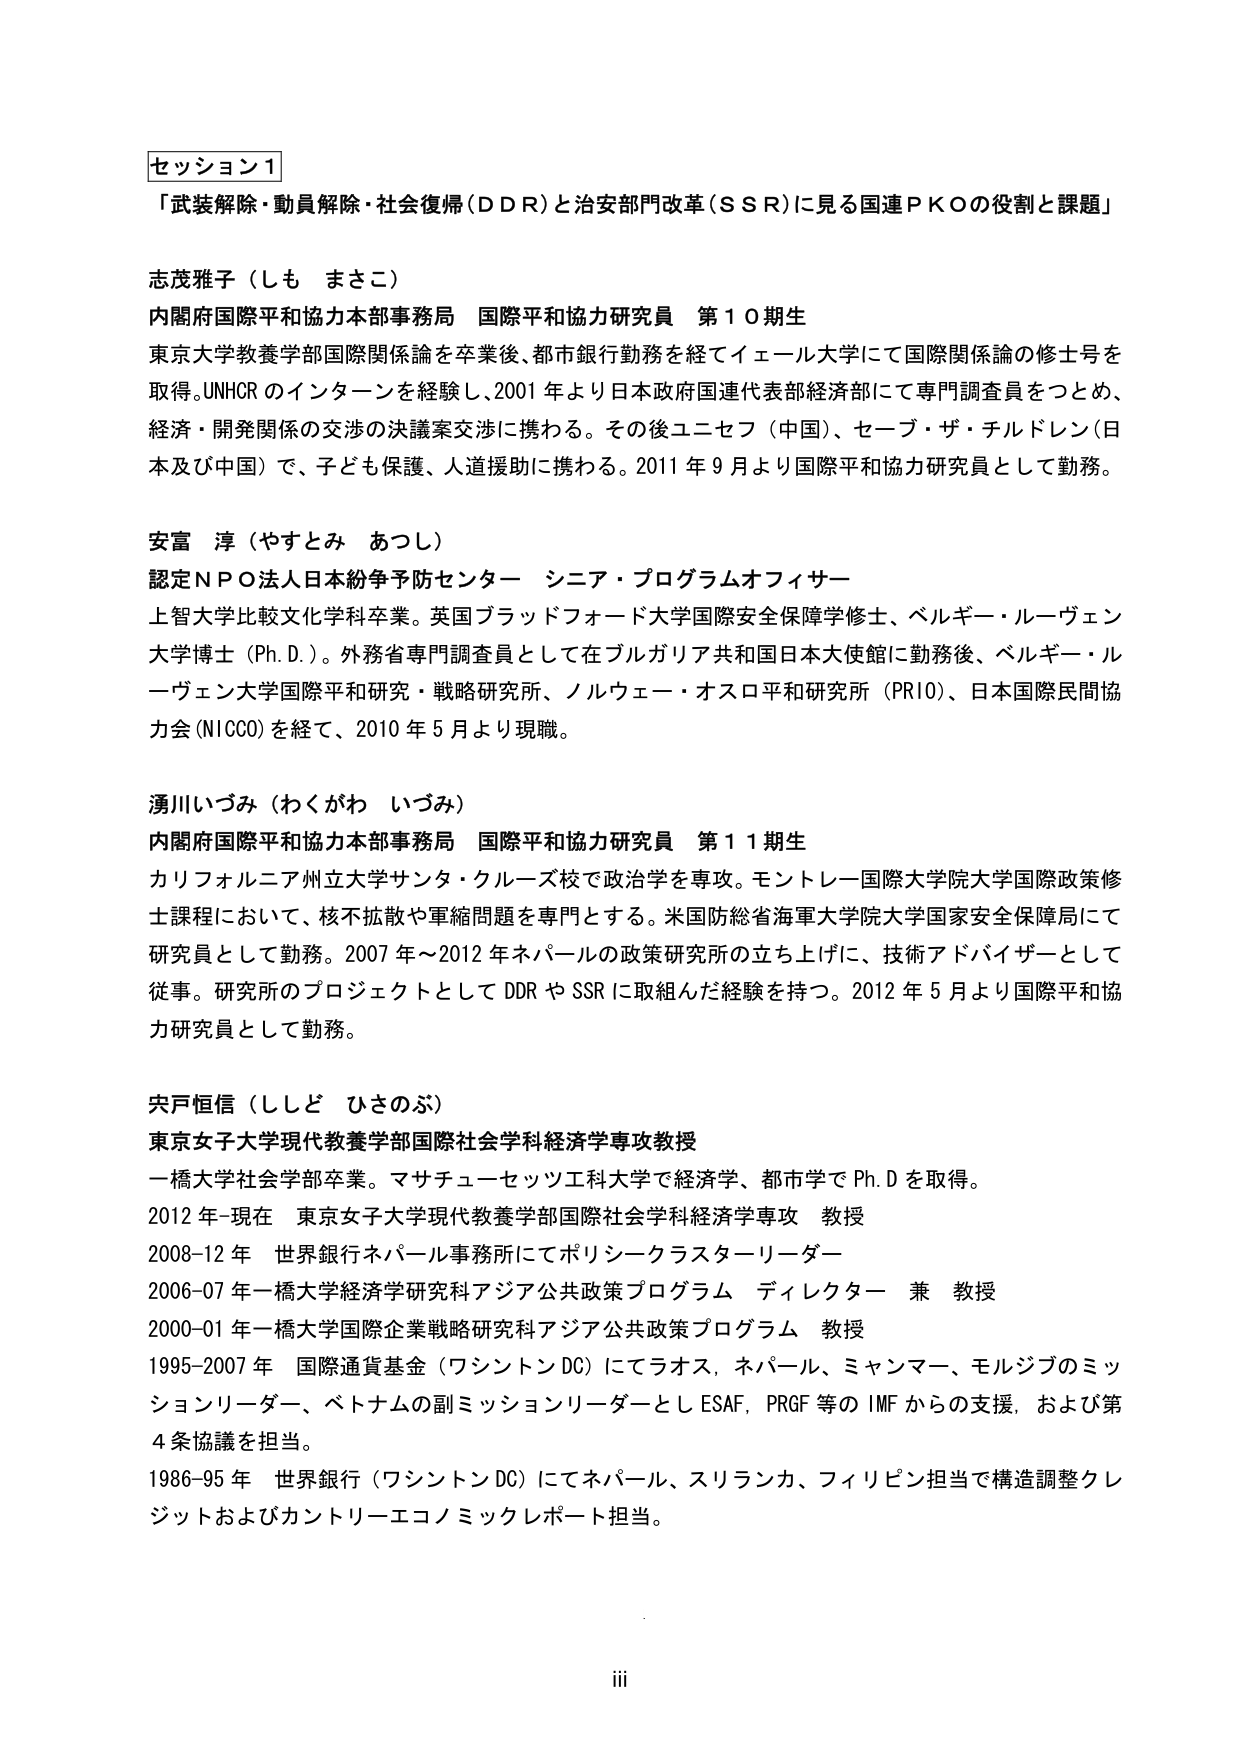
セッション1
「武装解除・動員解除・社会復帰（DDR）と治安部門改革（SSR）に見る国連PKOの役割と課題」

志茂雅子（しも まさこ）
内閣府国際平和協力本部事務局 国際平和協力研究員 第10期生
東京大学教養学部国際関係論を卒業後、都市銀行勤務を経てイェール大学にて国際関係論の修士号を取得。UNHCRのインターンを経験し、2001年より日本政府国連代表部経済部にて専門調査員をつとめ、経済・開発関係の交渉の決議案交渉に携わる。その後ユニセフ（中国）、セーブ・ザ・チルドレン（日本及び中国）で、子ども保護、人道援助に携わる。2011年9月より国際平和協力研究員として勤務。

安富 淳（やすとみ あつし）
認定NPO法人日本紛争予防センター シニア・プログラムオフィサー
上智大学比較文化学科卒業。英国ブラッドフォード大学国際安全保障学修士、ベルギー・ルーヴェン大学博士（Ph.D.）。外務省専門調査員として在ブルガリア共和国日本大使館に勤務後、ベルギー・ルーヴェン大学国際平和研究・戦略研究所、ノルウェー・オスロ平和研究所（PRIO）、日本国際民間協力会（NICCO）を経て、2010年5月より現職。

湧川いづみ（わくがわ いづみ）
内閣府国際平和協力本部事務局 国際平和協力研究員 第11期生
カリフォルニア州立大学サンタ・クルーズ校で政治学を専攻。モントレー国際大学院大学国際政策修士課程において、核不拡散や軍縮問題を専門とする。米国防総省海軍大学院大学国家安全保障局にて研究員として勤務。2007年～2012年ネパールの政策研究所の立ち上げに、技術アドバイザーとして従事。研究所のプロジェクトとしてDDRやSSRに取組んだ経験を持つ。2012年5月より国際平和協力研究員として勤務。

宍戸恒信（ししど ひさのぶ）
東京女子大学現代教養学部国際社会学科経済学専攻教授
一橋大学社会学部卒業。マサチューセッツ工科大学で経済学、都市学でPh.Dを取得。
2012年-現在 東京女子大学現代教養学部国際社会学科経済学専攻 教授
2008-12年 世界銀行ネパール事務所にてポリシークラスターリーダー
2006-07年 一橋大学経済学研究科アジア公共政策プログラム ディレクター 兼 教授
2000-01年 一橋大学国際企業戦略研究科アジア公共政策プログラム 教授
1995-2007年 国際通貨基金（ワシントンDC）にてラオス、ネパール、ミャンマー、モルジブのミッションリーダー、ベトナムの副ミッションリーダーとしESAF、PRGF等のIMFからの支援、および第4条協議を担当。
1986-95年 世界銀行（ワシントンDC）にてネパール、スリランカ、フィリピン担当で構造調整クレジットおよびカントリーエコノミックレポート担当。

iii